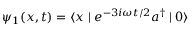
\psi _ { 1 } ( x , t ) = \langle x \mid e ^ { - 3 i \omega t / 2 } a ^ { \dagger } \mid 0 \rangle